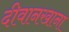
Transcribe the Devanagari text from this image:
दीवानखाना